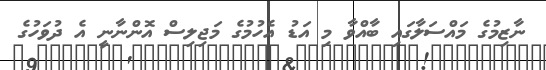
ނާޒިމުގެ މައްސަލާގައި ބާއްވާ މި އަޑު އެހުމުގެ މަޖިލިސް އޮންނާނީ އެ ދުވަހުގެ